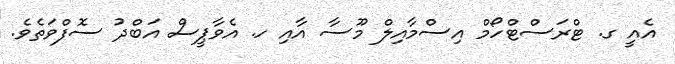
އެއީ ގ. ޓްރަސްޓްހޯމް އިސްމާއިލް މޫސާ އާއި ހ. އެވާޕީސް އަބްދު ސޮފްވަތެވެ.